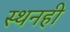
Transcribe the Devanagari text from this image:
स्थनही